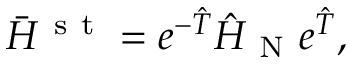
\Bar { H } ^ { \mathrm { ~ s ~ t ~ } } = e ^ { - \Hat { T } } \Hat { H } _ { \mathrm { ~ N ~ } } e ^ { \Hat { T } } ,